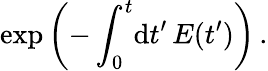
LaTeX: \exp\left(-\int_{0}^{t}\! \mathrm{d}t^{\prime}\, E(t^{\prime})\right)\, .